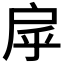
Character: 𢨽